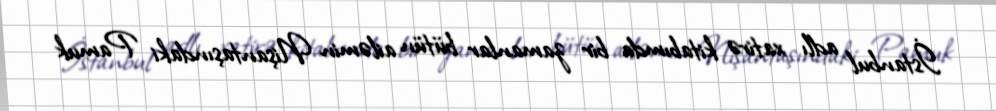
İstanbul adlı xatirə kitabımda bir zamanlar bütün ailəmin Nişantaşındaki Pamuk